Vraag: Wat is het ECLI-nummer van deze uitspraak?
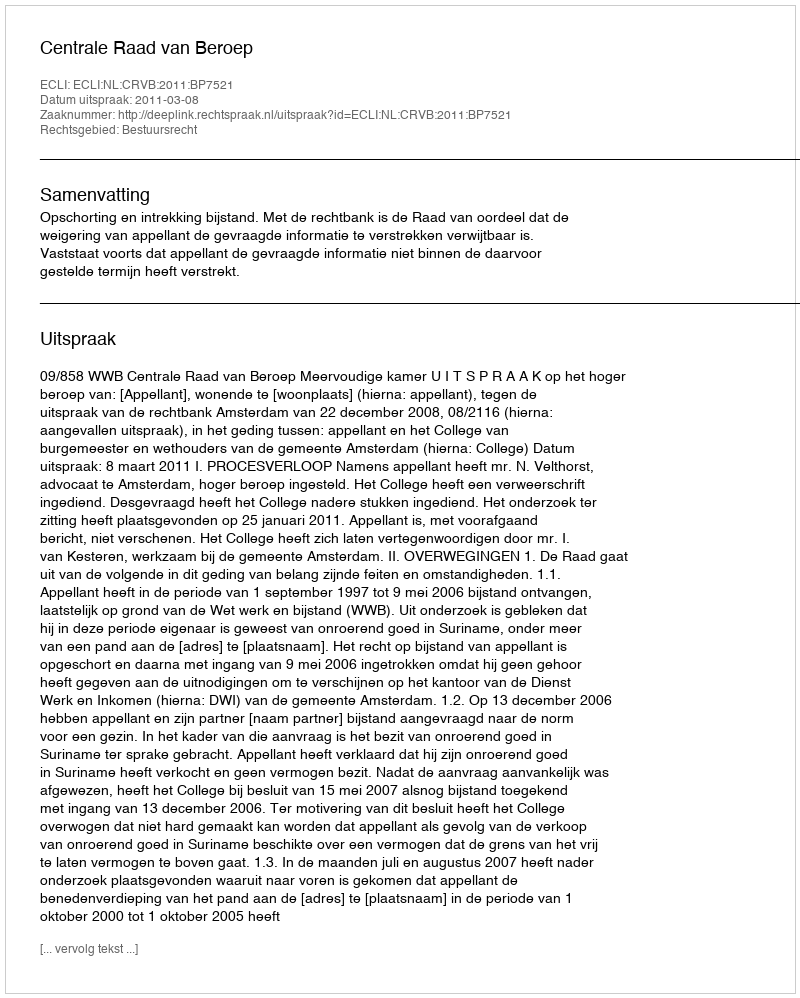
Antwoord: ECLI:NL:CRVB:2011:BP7521